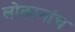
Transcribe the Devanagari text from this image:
लोकानांच